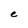
Character: e